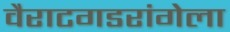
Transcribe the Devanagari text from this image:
वैराटगडरांगेला